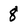
Character: 8